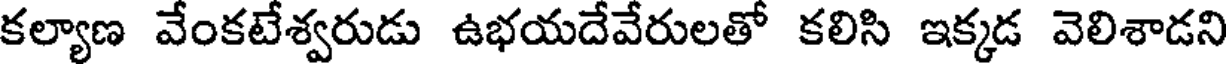
కల్యాణ వేంకటేశ్వరుడు ఉభయదేవేరులతో కలిసి ఇక్కడ వెలిశాడని